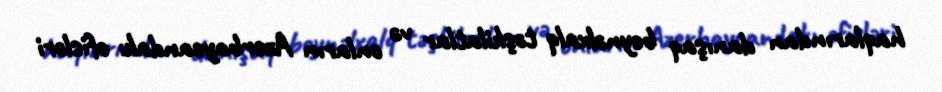
haqlarından danışaq beynəlxalq təşkilatlar və onların Azerbaycandakı ofisləri